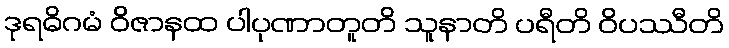
ဒုရဓိဂမံ ဝိဇာနထ ပါပုဏာတူတိ သူနာတိ ပရီတိ ဝိပဿီတိ